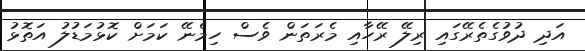
އަދި ދުވުގެތެރޭގައި ރިލޭ ރޭހާއި މެރަތަން ވެސް ހިމެނޭ ކަމަށް ކޮޅުމަޑުލު އަތޮޅު